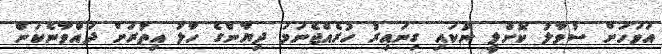
އަވަހަށް ސުވާލު ކޮށްލީ ނުކައި ގިނައިރު ހުރެއްޖެނަމަ ދިޔާންގެ ހާލު އިތުރަށް ދައްވާނެކަން